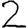
Digit: 2